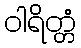
ဝါရိတ္တံ